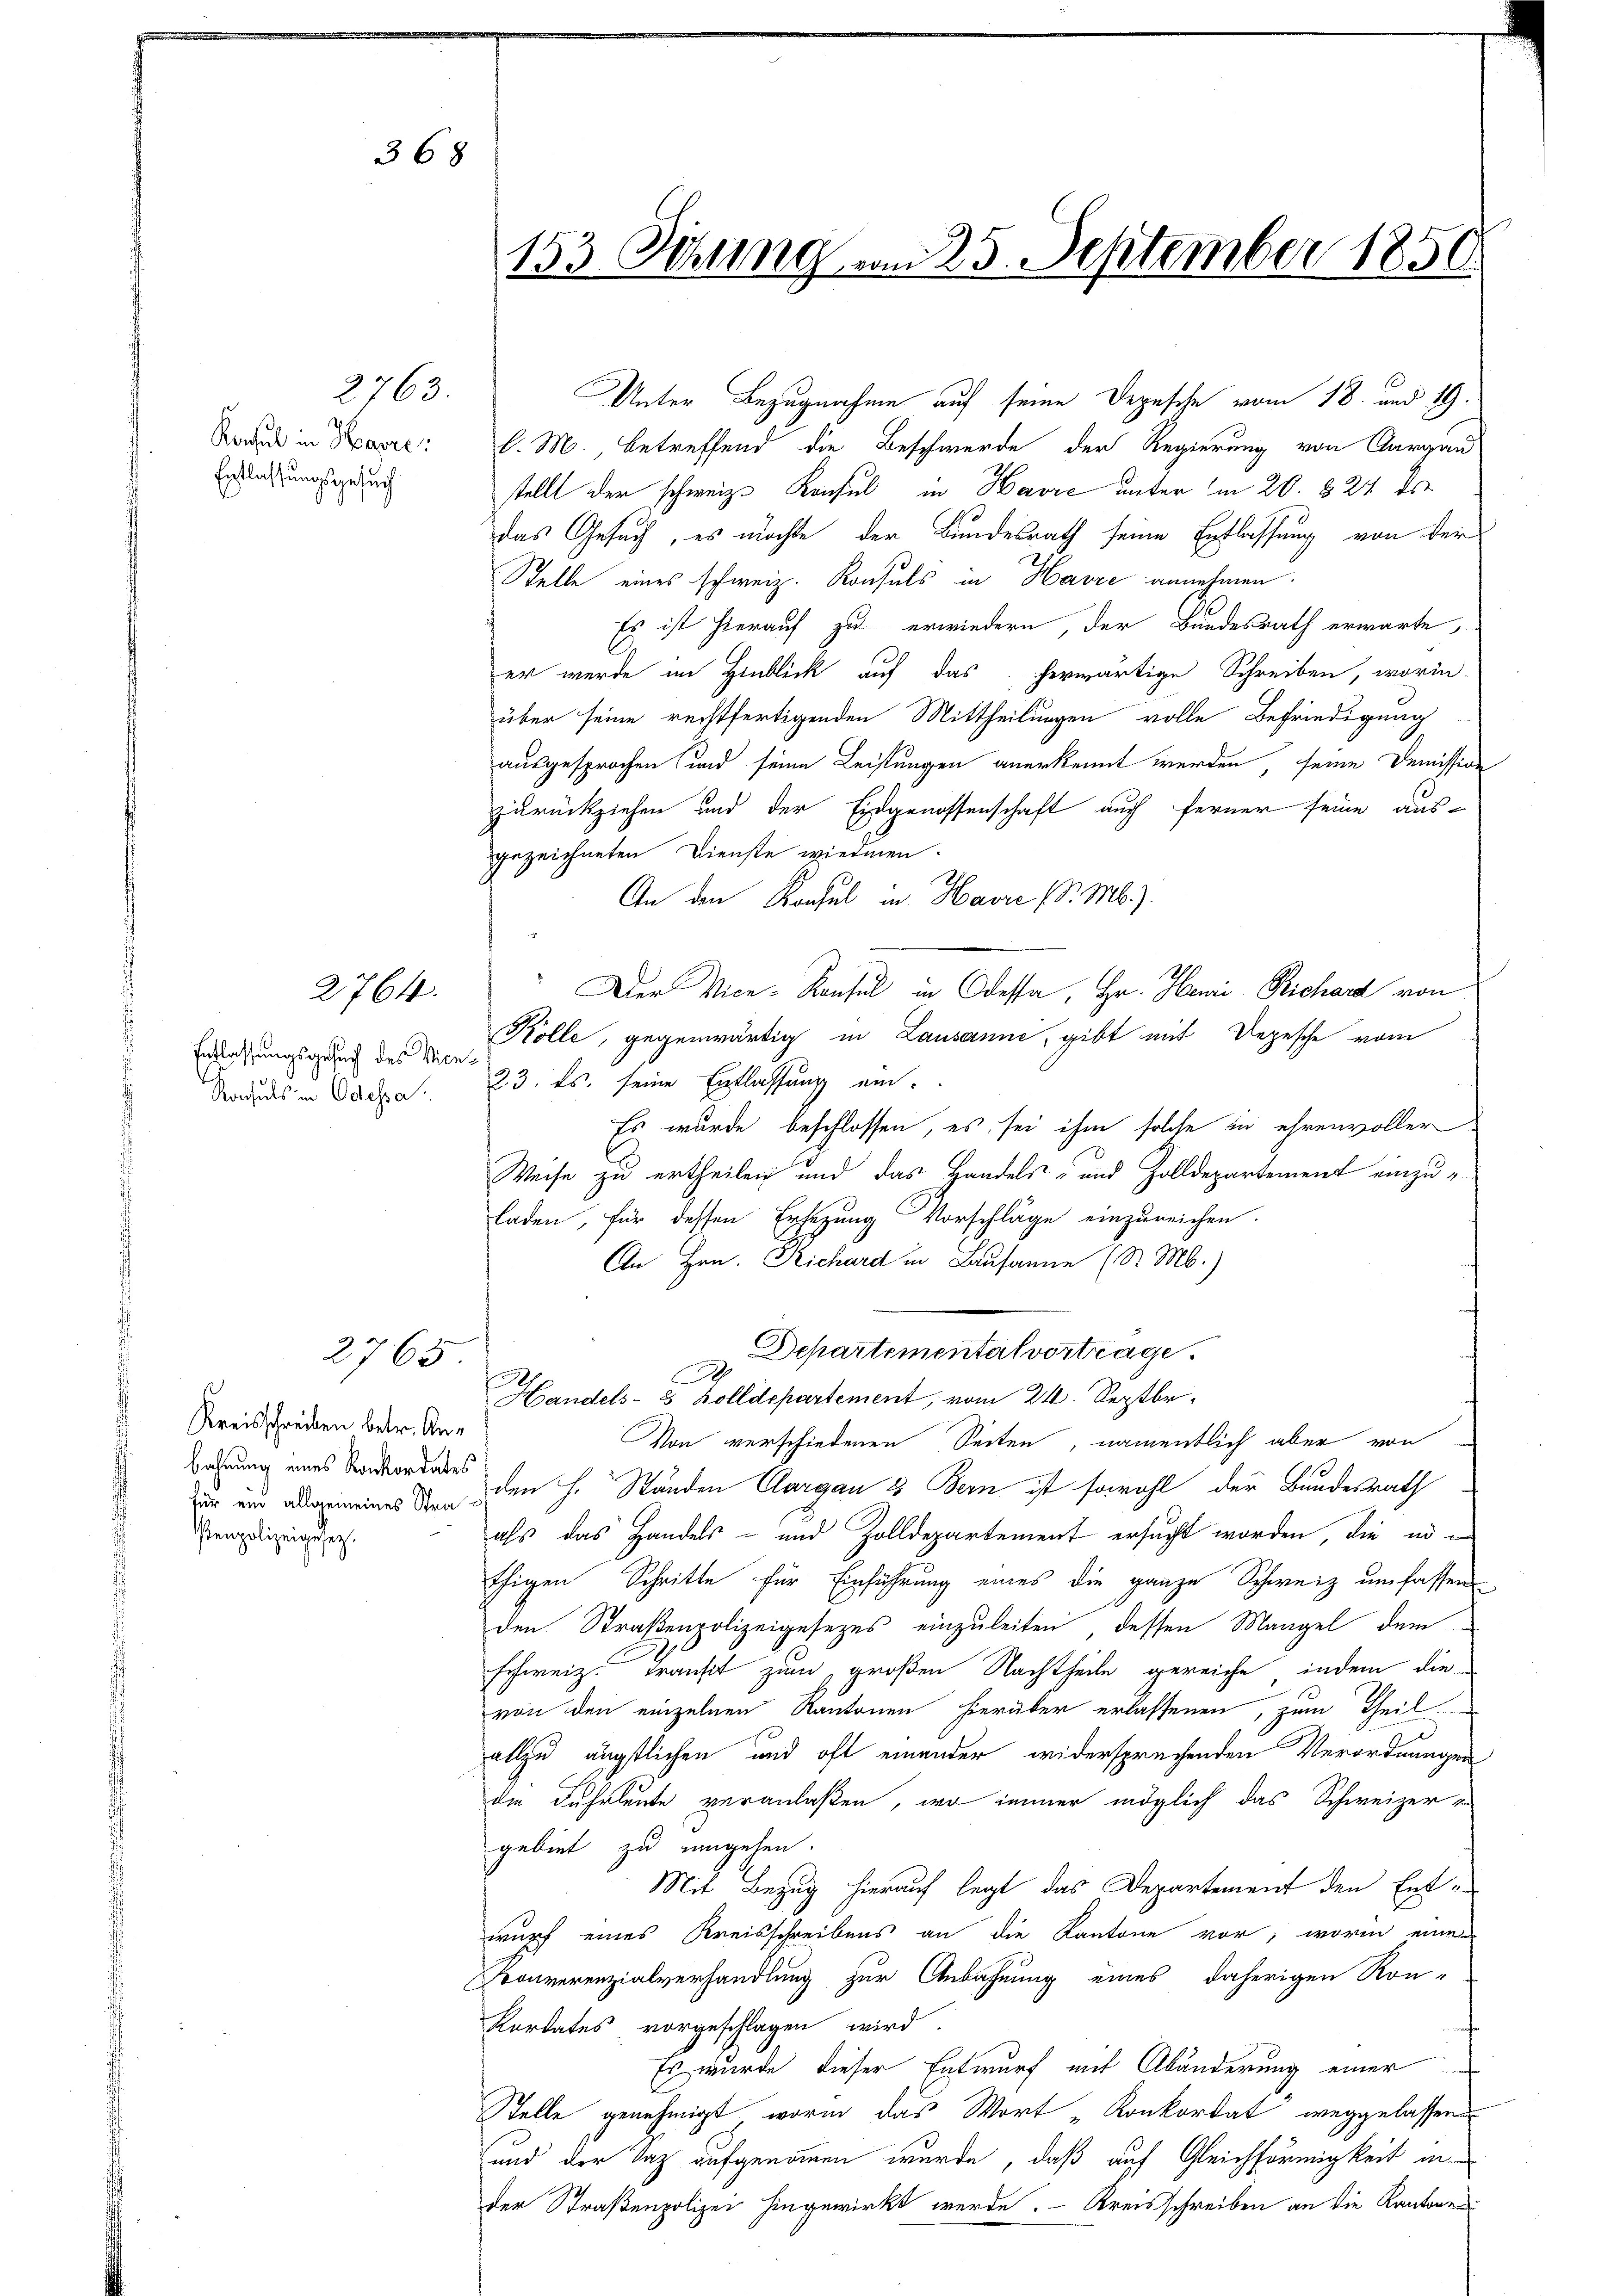
368

2764.

2763.

Konsul in Havre
Entlassungsgesuch

Entlassungsgesuch des Vice¬
Konsuls in Odessa.

2765.

Kreisschreiben betr. Anbahnung eines Konkordates
senpolizeigesez

153 Sitzung vom 25. September 1850.

d. M. betreffend die Beschwerde der Regierung von Aargau
stellt der schweiz. Konsul in Havre unter in 20. 324 des
das Gesuch, es möchte der Bundesrath seine Entlassung von der
Stelle eines schweiz. Konsuls in Havre annehmen.
Es ist hierauf zu erwiedern, der Bundesrath erwarte
er wurde im Hinblick auf das herwärtige Schreiben, worin
über seine rechtfertigenden Mittheilungen volle Befriedigung
ausgesprochen und seine Leistungen anerkennt werden, seine Demission
zurückziehen und der Eidgenossenschaft auch ferner seine aus-
gezeichneten Dienste wiedmen.
An den Konsul in Havre d. M.).
1890
: Der Vice-Konsul in Odessa, Hr. Henri Richard von
Kolle, gegenwärtig in Lausanne, gibt mit Depesche vom
23. ds. seine Entlassung ein¬
Es wurde beschlossen, es sei ihm solche in ehrenvoller
Weise zu ertheilen und das Handels- und Zolldepartement einzuladen, für dessen Ersezung Vorschläge einzureichen.
An Hrn. Richard in Lausanne (S. M.)
Departemental vortrage.
.
f
Handels- 3 Zolldepartement, vom 21. Septbr.
Von verschiedenen Seiten, namentlich aber von
ur ein allgemeines den H. Ständen Clargau & Bern ist sowohl der Bundesrath
als das Handels- und Zolldepartement ersucht worden, die in in
thigen Schritte für Einführung eines die ganze Schweiz umfassen
den Straßenpolizeigesezes einzuleiten, dessen Mangel dem
schweiz. Transit zum großen Nachtheile gereiche, indem die
von den einzelnen Kantonen hierüber erlassenen, zum Theil
allzu ängstlichen und oft einander widersprechenden Verordnungen
die Fuhrleute veranlaßen, wo immer möglich das Schweizer
gebiet zu umgehen.
Mit Bezug hierauf legt das Departement den Entwurf eines Kreisschreibens an die Kantone vor, worin eines
Konverenzialverhandlung zur Anbahnung eines daherigen Ron-
Kordates vorgeschlagen wird.
Es wurde dieser Entwurf mit Abänderung einer
Stelle genehmigt worin das Wort „Konkordat weggelassen
und der Saz aufgenommen wurde, daß auf Gleichförmigkeit ander Straßenpolizei hingewirkt werde. - Kreisschreiben an die Kantonen

Unter Bezugnahme auf seine Depesche vom 18. und 19.